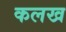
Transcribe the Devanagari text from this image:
कलख